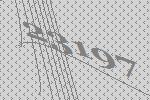
23197